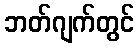
ဘတ်ဂျက်တွင်